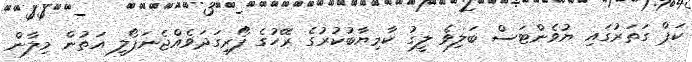
ކަޕް ގަތަރުގައި ޔުވެންޓަސް ބަލިވެ ލީގު ކާމިޔާބުކުރުގެ ރޭހުގެ ފޯރިގަދަވެއްޖެނަޕޯލީ އަތުން މިލާން